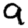
Digit: 9